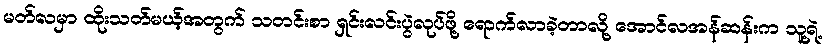
မတ်လမှာ ထိုးသတ်မယ့်အတွက် သတင်းစာ ရှင်းလင်းပွဲလုပ်ဖို့ ရောက်လာခဲ့တာလို့ အောင်လအန်ဆန်းက သူ့ရဲ့